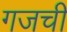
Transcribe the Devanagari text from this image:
गजची